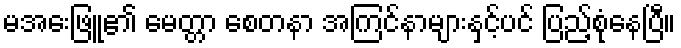
မအေးဖြူ၏ မေတ္တာ စေတနာ အကြင်နာများနှင့်ပင် ပြည့်စုံနေပြီ။